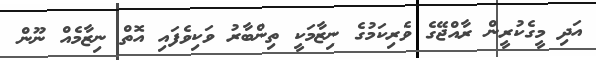
އަދި މީގެކުރީން ރާއްޖޭގެ ވެރިކަމުގެ ނިޒާމަކީ ތިންބާރު ވަކިވެފައި އޮތް ނިޒާމެއް ނޫން